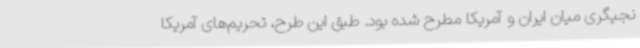
نجیگری میان ایران و آمریکا مطرح شده بود. طبق این طرح، تحریم‌های آمریکا